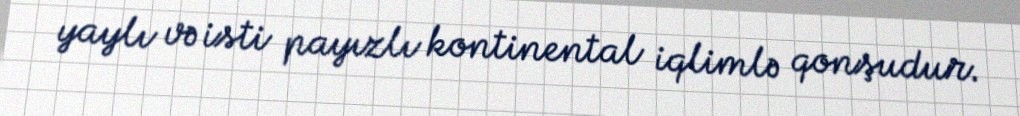
yaylı və isti payızlı kontinental iqlimlə qonşudur.